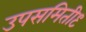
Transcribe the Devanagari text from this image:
उपसमिती९